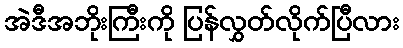
အဲဒီအဘိုးကြီးကို ပြန်လွှတ်လိုက်ပြီလား